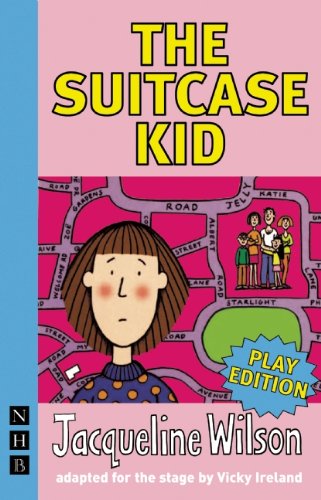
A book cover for The Suitcase Kid; Jacqueline Wilson; Literature & Fiction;